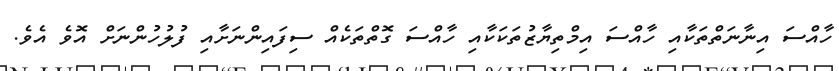
ހާއްސަ އިނާނަތްތަކާއި ހާއްސަ އިމްތިޔާޒުތަކަކާއި ހާއްސަ ގޮތްތަކެއް ސިފައިންނަށާއި ފުލުހުންނަށް އޮވެ އެވެ.